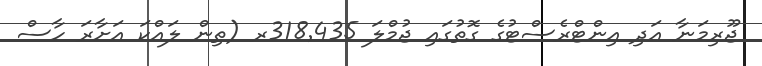
ޖޫރިމަނާ އަދި އިންޓްރެސްޓުގެ ގޮތުގައި ޖުމްލަ 318